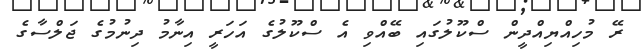
ރޭ މުހިއްޔިއްދީން ސްކޫލުގައި ބޭއްވި އެ ސްކޫލުގެ އަހަރީ އިނާމު ދިނުމުގެ ޖަލްސާގެ